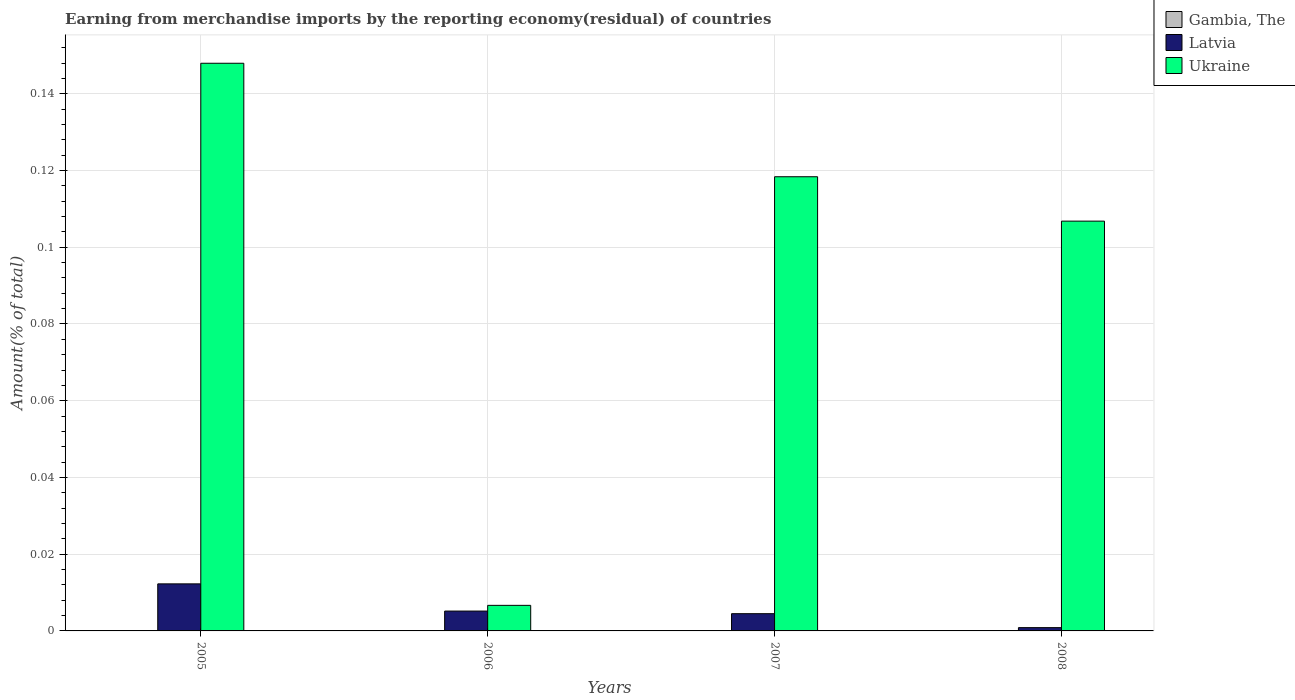
| Years | Gambia, The | Latvia | Ukraine |
 | --- | --- | --- | --- |
 | 2005 | 6.71e-09 | 0.0123 | 0.148 |
 | 2006 | 3.96e-09 | 0.00517 | 0.00667 |
 | 2007 | -8.5e-10 | 0.00449 | 0.118 |
 | 2008 | 2.91e-09 | 0.000858 | 0.107 |